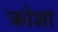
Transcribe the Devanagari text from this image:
क्रोशा